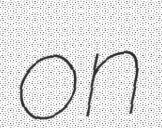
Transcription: on